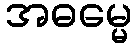
အဓမ္မေ